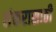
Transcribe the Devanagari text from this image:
शंकरासाठी